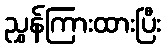
ညွှန်ကြားထားပြီး